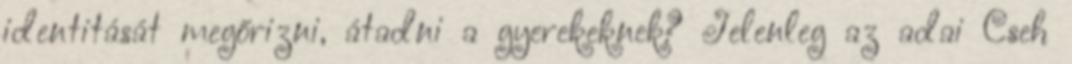
identitását megőrizni, átadni a gyerekeknek? Jelenleg az adai Cseh